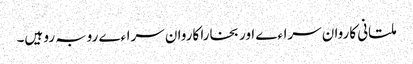
ملتانی کاروان سراءے اور بخارا کاروان سراءے روبہ رو ہیں۔